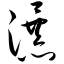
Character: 瀑